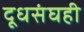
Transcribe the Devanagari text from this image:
दूधसंघही